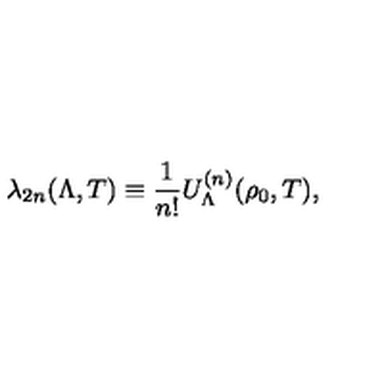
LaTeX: \lambda _ { 2 n } ( \Lambda , T ) \equiv \frac { 1 } { n ! } U _ { \Lambda } ^ { ( n ) } ( \rho _ { 0 } , T ) ,